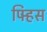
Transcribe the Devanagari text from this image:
पिर्‍हस